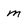
Character: m